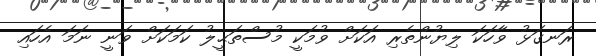
ރަނގަޅު ވާހަކަ ލިޔުންތެރި އަކަށް ވުމަކީ މުސްތަޙީލު ކަމަކަށް ވަނީ ނަމަ އެހައި